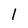
Character: 1